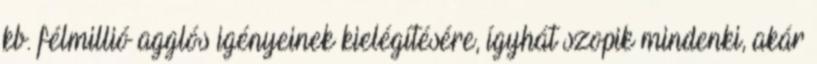
kb. félmillió agglós igényeinek kielégítésére, ígyhát szopik mindenki, akár